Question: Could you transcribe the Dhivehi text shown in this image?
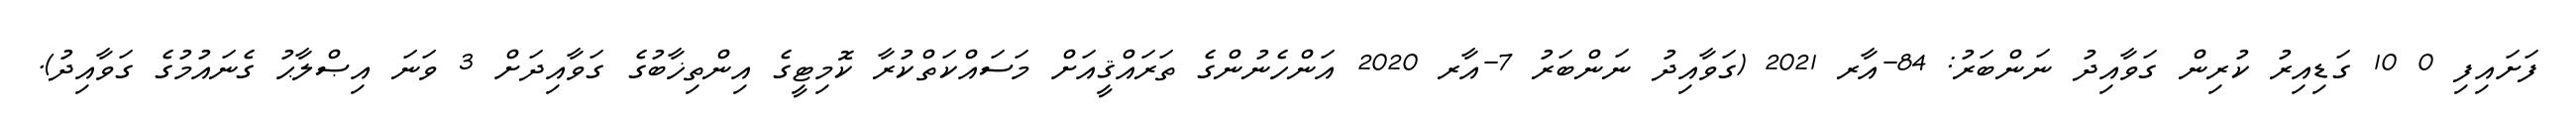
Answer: ފަށައިފި 0 10 ގަޑިއިރު ކުރިން ގަވާއިދު ނަންބަރު: 84-އާރ 2021 (ގަވާއިދު ނަންބަރު 7-އާރ 2020 އަންހެނުންގެ ތަރައްޤީއަށް މަސައްކަތްކުރާ ކޮމިޓީގެ އިންތިޚާބުގެ ގަވާއިދަށް 3 ވަނަ އިޞްލާޙު ގެނައުމުގެ ގަވާއިދު).